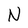
Character: N